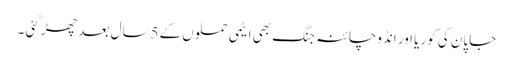
جاپان کی کوریا اور انڈوچائنہ جنگ بھی ایٹمی حملوں کے 5سال بعد چھڑ گئی ۔